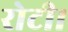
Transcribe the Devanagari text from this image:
रोटी।